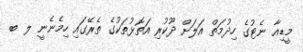
މީޑިއާ ނެޓުގެ ހިދުމަތް އަލަށް ދޫކުރި އަތޮޅުތަކުގެ ތެރޭގައި ހިމެނެނީ ލ ބ